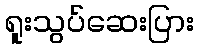
ရူးသွပ်ဆေးပြား